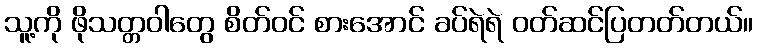
သူ့ကို ဖိုသတ္တဝါတွေ စိတ်ဝင် စားအောင် ခပ်ရဲရဲ ဝတ်ဆင်ပြတတ်တယ်။